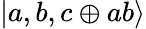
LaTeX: |a,b,c\oplus ab\rangle